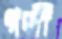
গন্ধী